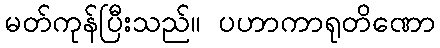
မတ်ကုန်ပြီးသည်။ ပဟာကာရုတိဏော